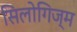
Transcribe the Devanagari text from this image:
सिलोगिज्म